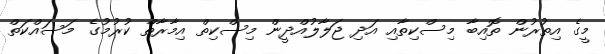
މީގެ އިތުރުން ތޮއިބާ މިސްކިތާއި އަދި ޖަލާލުއްދީން މިސްކިތް އިމާރާތް ކުރުމުގެ މަސައްކަތް